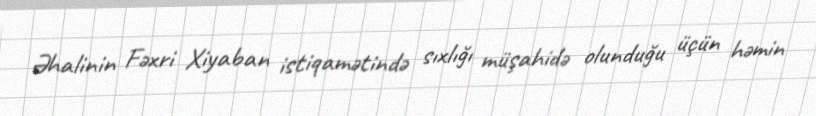
Əhalinin Fəxri Xiyaban istiqamətində sıxlığı müşahidə olunduğu üçün həmin